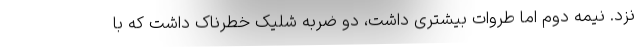
نزد. نیمه دوم اما طروات بیشتری داشت، دو ضربه شلیک خطرناک داشت که با